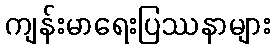
ကျန်းမာရေးပြဿနာများ